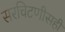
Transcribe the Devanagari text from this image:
सरचिटणीसही